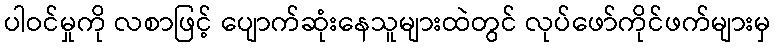
ပါဝင်မှုကို လစာဖြင့် ပျောက်ဆုံးနေသူများထဲတွင် လုပ်ဖော်ကိုင်ဖက်များမှ